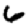
Digit: 6